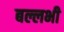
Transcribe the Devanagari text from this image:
बल्लभी